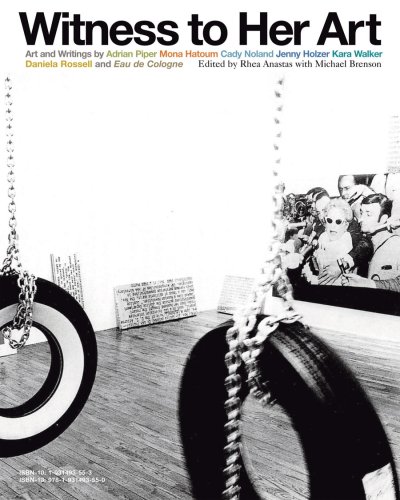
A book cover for Witness to Her Art; Kara Walker; Arts & Photography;